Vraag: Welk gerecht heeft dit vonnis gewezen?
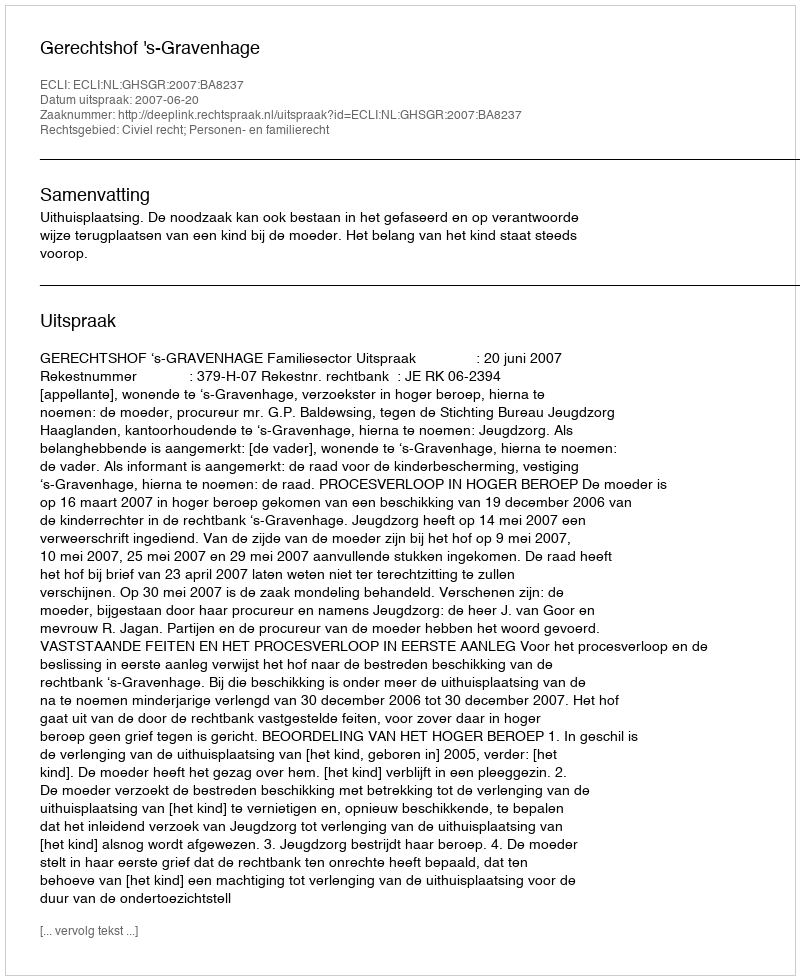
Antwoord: Gerechtshof 's-Gravenhage